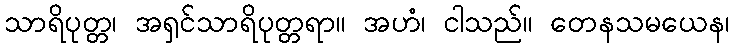
သာရိပုတ္တ၊ အရှင်သာရိပုတ္တရာ။ အဟံ၊ ငါသည်။ တေနသမယေန၊